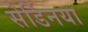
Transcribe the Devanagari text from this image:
सेर्डिनया